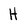
Character: h